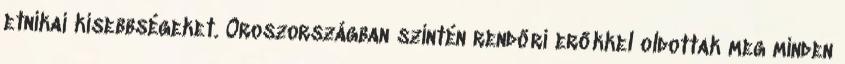
etnikai kisebbségeket. Oroszországban szintén rendőri erőkkel oldottak meg minden